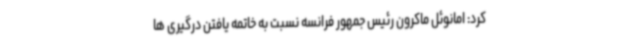
کرد: امانوئل ماکرون رئیس جمهور فرانسه نسبت به خاتمه یافتن درگیری ها